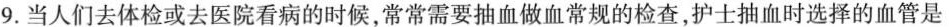
9.当人们去体检或去医院看病的时候，常常需要抽血做血常规的检查，护士抽血时选择的血管是